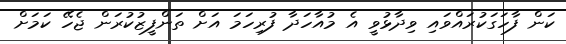
ކަން ފާހަގަކުރައްވައި ވިދާޅުވީ އެ މުއާހަދާ ފުރިހަމަ އަށް ތަންފީޒުކުރަން ޖެހޭ ކަމަށް